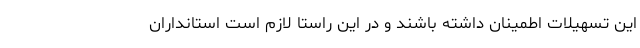
این تسهیلات اطمینان داشته باشند و در این راستا لازم است استانداران